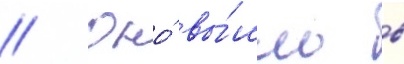
// Оно́ вы́шло в